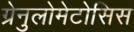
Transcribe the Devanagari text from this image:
ग्रेनुलोमेटोसिस